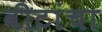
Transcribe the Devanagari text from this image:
वीटांचा